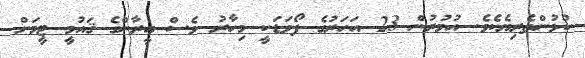
ކުޅުންތެރިޔެކެވެ. އުމުރުން 23 އަހަރުގެ ފޯވަޑަކީ މިހާރު ވެސް އީރާންގެ ޤައުމީ ޓީމަށް